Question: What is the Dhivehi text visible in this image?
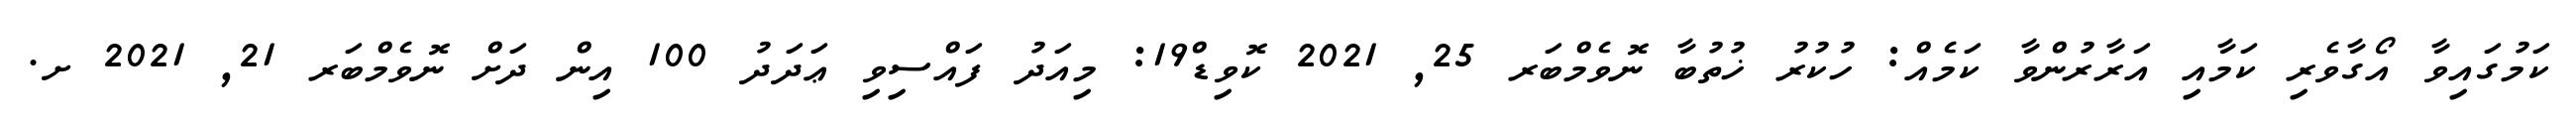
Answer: ކަމުގައިވާ އޯގާވެރި ކަމާއި އަރާރުންވާ ކަމެއް: ހުކުރު ޚުތުބާ ނޮވެމްބަރ 25, 2021 ކޮވިޑް19: މިއަދު ފައްސިވި ޢަދަދު 100 އިން ދަށް ނޮވެމްބަރ 21, 2021 ށ.